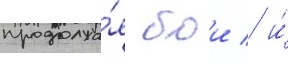
продолжа́я бои / и́